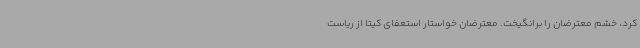
کرد، خشم معترضان را برانگیخت. معترضان خواستار استعفای کیتا از ریاست